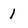
Character: 1